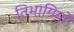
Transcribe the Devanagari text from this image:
तिभागियों